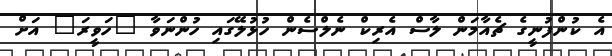
އެ ކުންފުނީގެ ޗެއާމަން ލާސް އެރިކް ނެލްސެން ހުޅުލޭގައި ހުންނަވާ "ހަވީރަ" އަށް